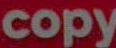
copy